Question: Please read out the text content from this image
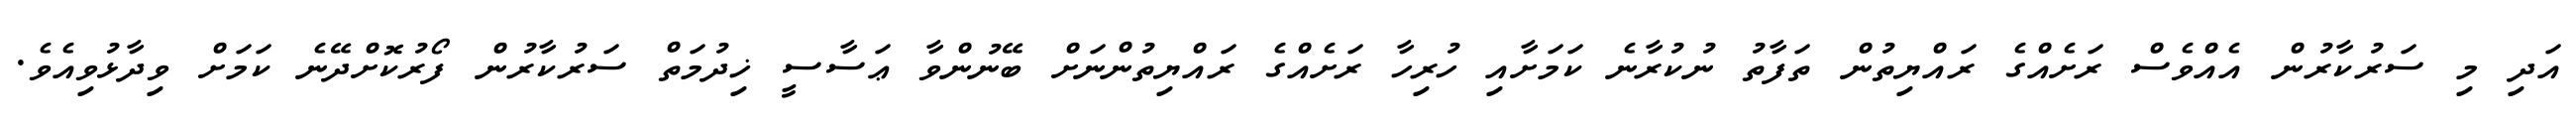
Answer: އަދި މި ސަރުކާރުން އެއްވެސް ރަށެއްގެ ރައްޔިތުން ތަފާތު ނުކުރާނެ ކަމަށާއި ހުރިހާ ރަށެއްގެ ރައްޔިތުންނަށް ބޭނުންވާ ޢަސާސީ ޚިދުމަތް ސަރުކާރުން ފޯރުކޮށްދޭނެ ކަމަށް ވިދާޅުވިއެވެ.